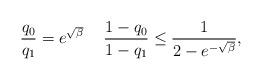
LaTeX: \begin{align*}\frac{q_0}{q_1} = e^{\sqrt \beta}\,\,\, \,\,\,\, \frac{1 - q_0}{1 - q_1} \le \frac{1}{2- e^{-\sqrt{\beta}}},\end{align*}